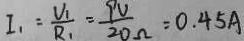
I _ { 1 } = \frac { V _ { 1 } } { R _ { 1 } } = \frac { 9 V } { 2 0 \Omega } = 0 . 4 5 A